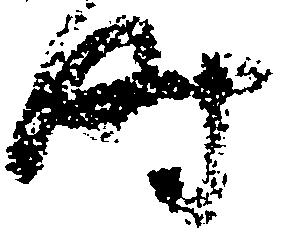
時